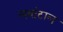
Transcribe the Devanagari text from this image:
लवांटाल